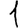
Digit: 1